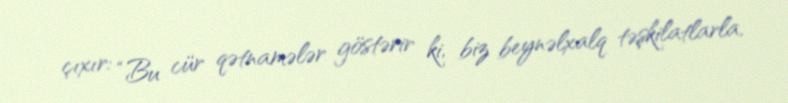
çıxır: “Bu cür qətnamələr göstərir ki, biz beynəlxalq təşkilatlarla,